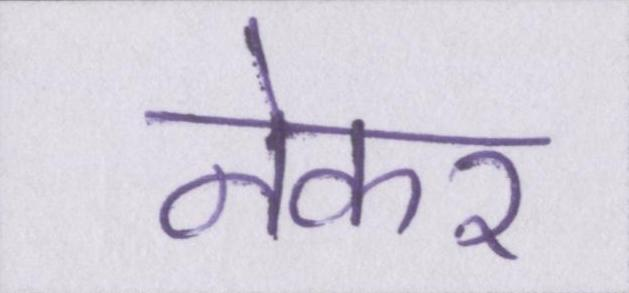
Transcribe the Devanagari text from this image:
नेकर